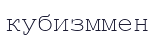
кубизммен